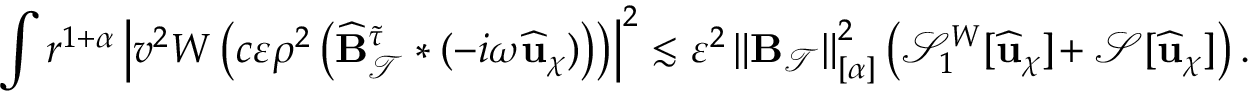
\int r ^ { 1 + \alpha } \left| v ^ { 2 } W \left( c \varepsilon \rho ^ { 2 } \left( \widehat { \mathbf { B } } _ { \mathcal { T } } ^ { \widetilde { \tau } } * ( - i \omega \widehat { \mathbf { u } } _ { \chi } ) \right) \right) \right| ^ { 2 } \lesssim \varepsilon ^ { 2 } \left\lVert \mathbf { B } _ { \mathcal { T } } \right\rVert _ { [ \alpha ] } ^ { 2 } \left( \mathcal { S } _ { 1 } ^ { W } [ \widehat { \mathbf { u } } _ { \chi } ] \! + \mathcal { S } [ \widehat { \mathbf { u } } _ { \chi } ] \right) .